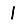
Digit: 1